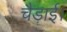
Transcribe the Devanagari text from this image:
चैड़ाई।